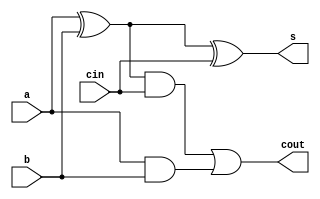
`timescale 1ns/1ps
module full_adder_structural (
  input a,    // Input 'a'
  input b,    // Input 'b'
  input cin,  // Input 'cin' (Carry-in)
  output s,   // Output 's' (Sum)
  output cout // Output 'cout' (Carry-out)
);

  wire sum1, c1, c2;  // Intermediate wires

  // Structural modeling using gates
  xor (sum1, a, b);
  xor (s, sum1, cin);
  and (c1, sum1, cin);
  and (c2, a, b);
  or (cout, c1, c2);

endmodule